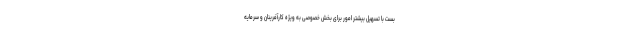
بست با تسهیل بیشتر امور برای بخش خصوصی به ویژه کارآفرینان و سرمایه